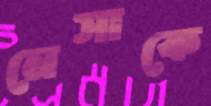
নেসাকে